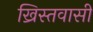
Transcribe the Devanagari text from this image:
ख्रिस्तवासी